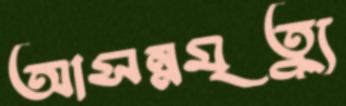
আসন্নমৃত্যু